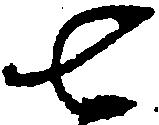
七